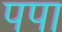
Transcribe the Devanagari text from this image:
पपा